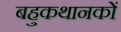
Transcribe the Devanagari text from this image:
बहुकथानकों